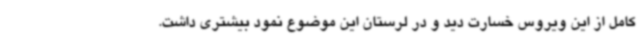
کامل از این ویروس خسارت دید و در لرستان این موضوع نمود بیشتری داشت.